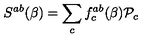
S ^ { a b } ( \beta ) = \sum _ { c } f _ { c } ^ { a b } ( \beta ) { \cal P } _ { c }